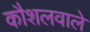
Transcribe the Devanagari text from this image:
कौशलवाले